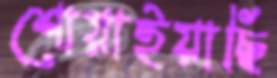
শোয়াইয়াছি